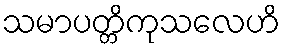
သမာပတ္တိကုသလေဟိ